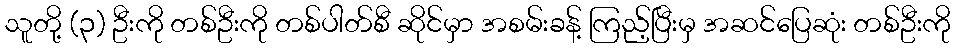
သူတို့ (၃) ဦးကို တစ်ဦးကို တစ်ပါတ်စီ ဆိုင်မှာ အစမ်းခန့် ကြည့်ပြီးမှ အဆင်ပြေဆုံး တစ်ဦးကို